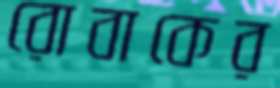
রোবাকের